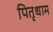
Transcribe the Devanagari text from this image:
पितृधाम